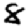
Digit: 8